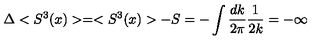
\Delta < S ^ { 3 } ( x ) > = < S ^ { 3 } ( x ) > - S = - \int \frac { d k } { 2 \pi } \frac { 1 } { 2 k } = - \infty